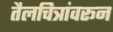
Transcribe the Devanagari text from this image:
तैलचित्रांवरून